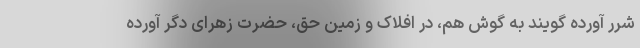
شرر آورده گویند به گوش هم، در افلاک و زمین حق، حضرت زهرای دگر آورده